Leningradi_Edasi_toimetus, lk 32
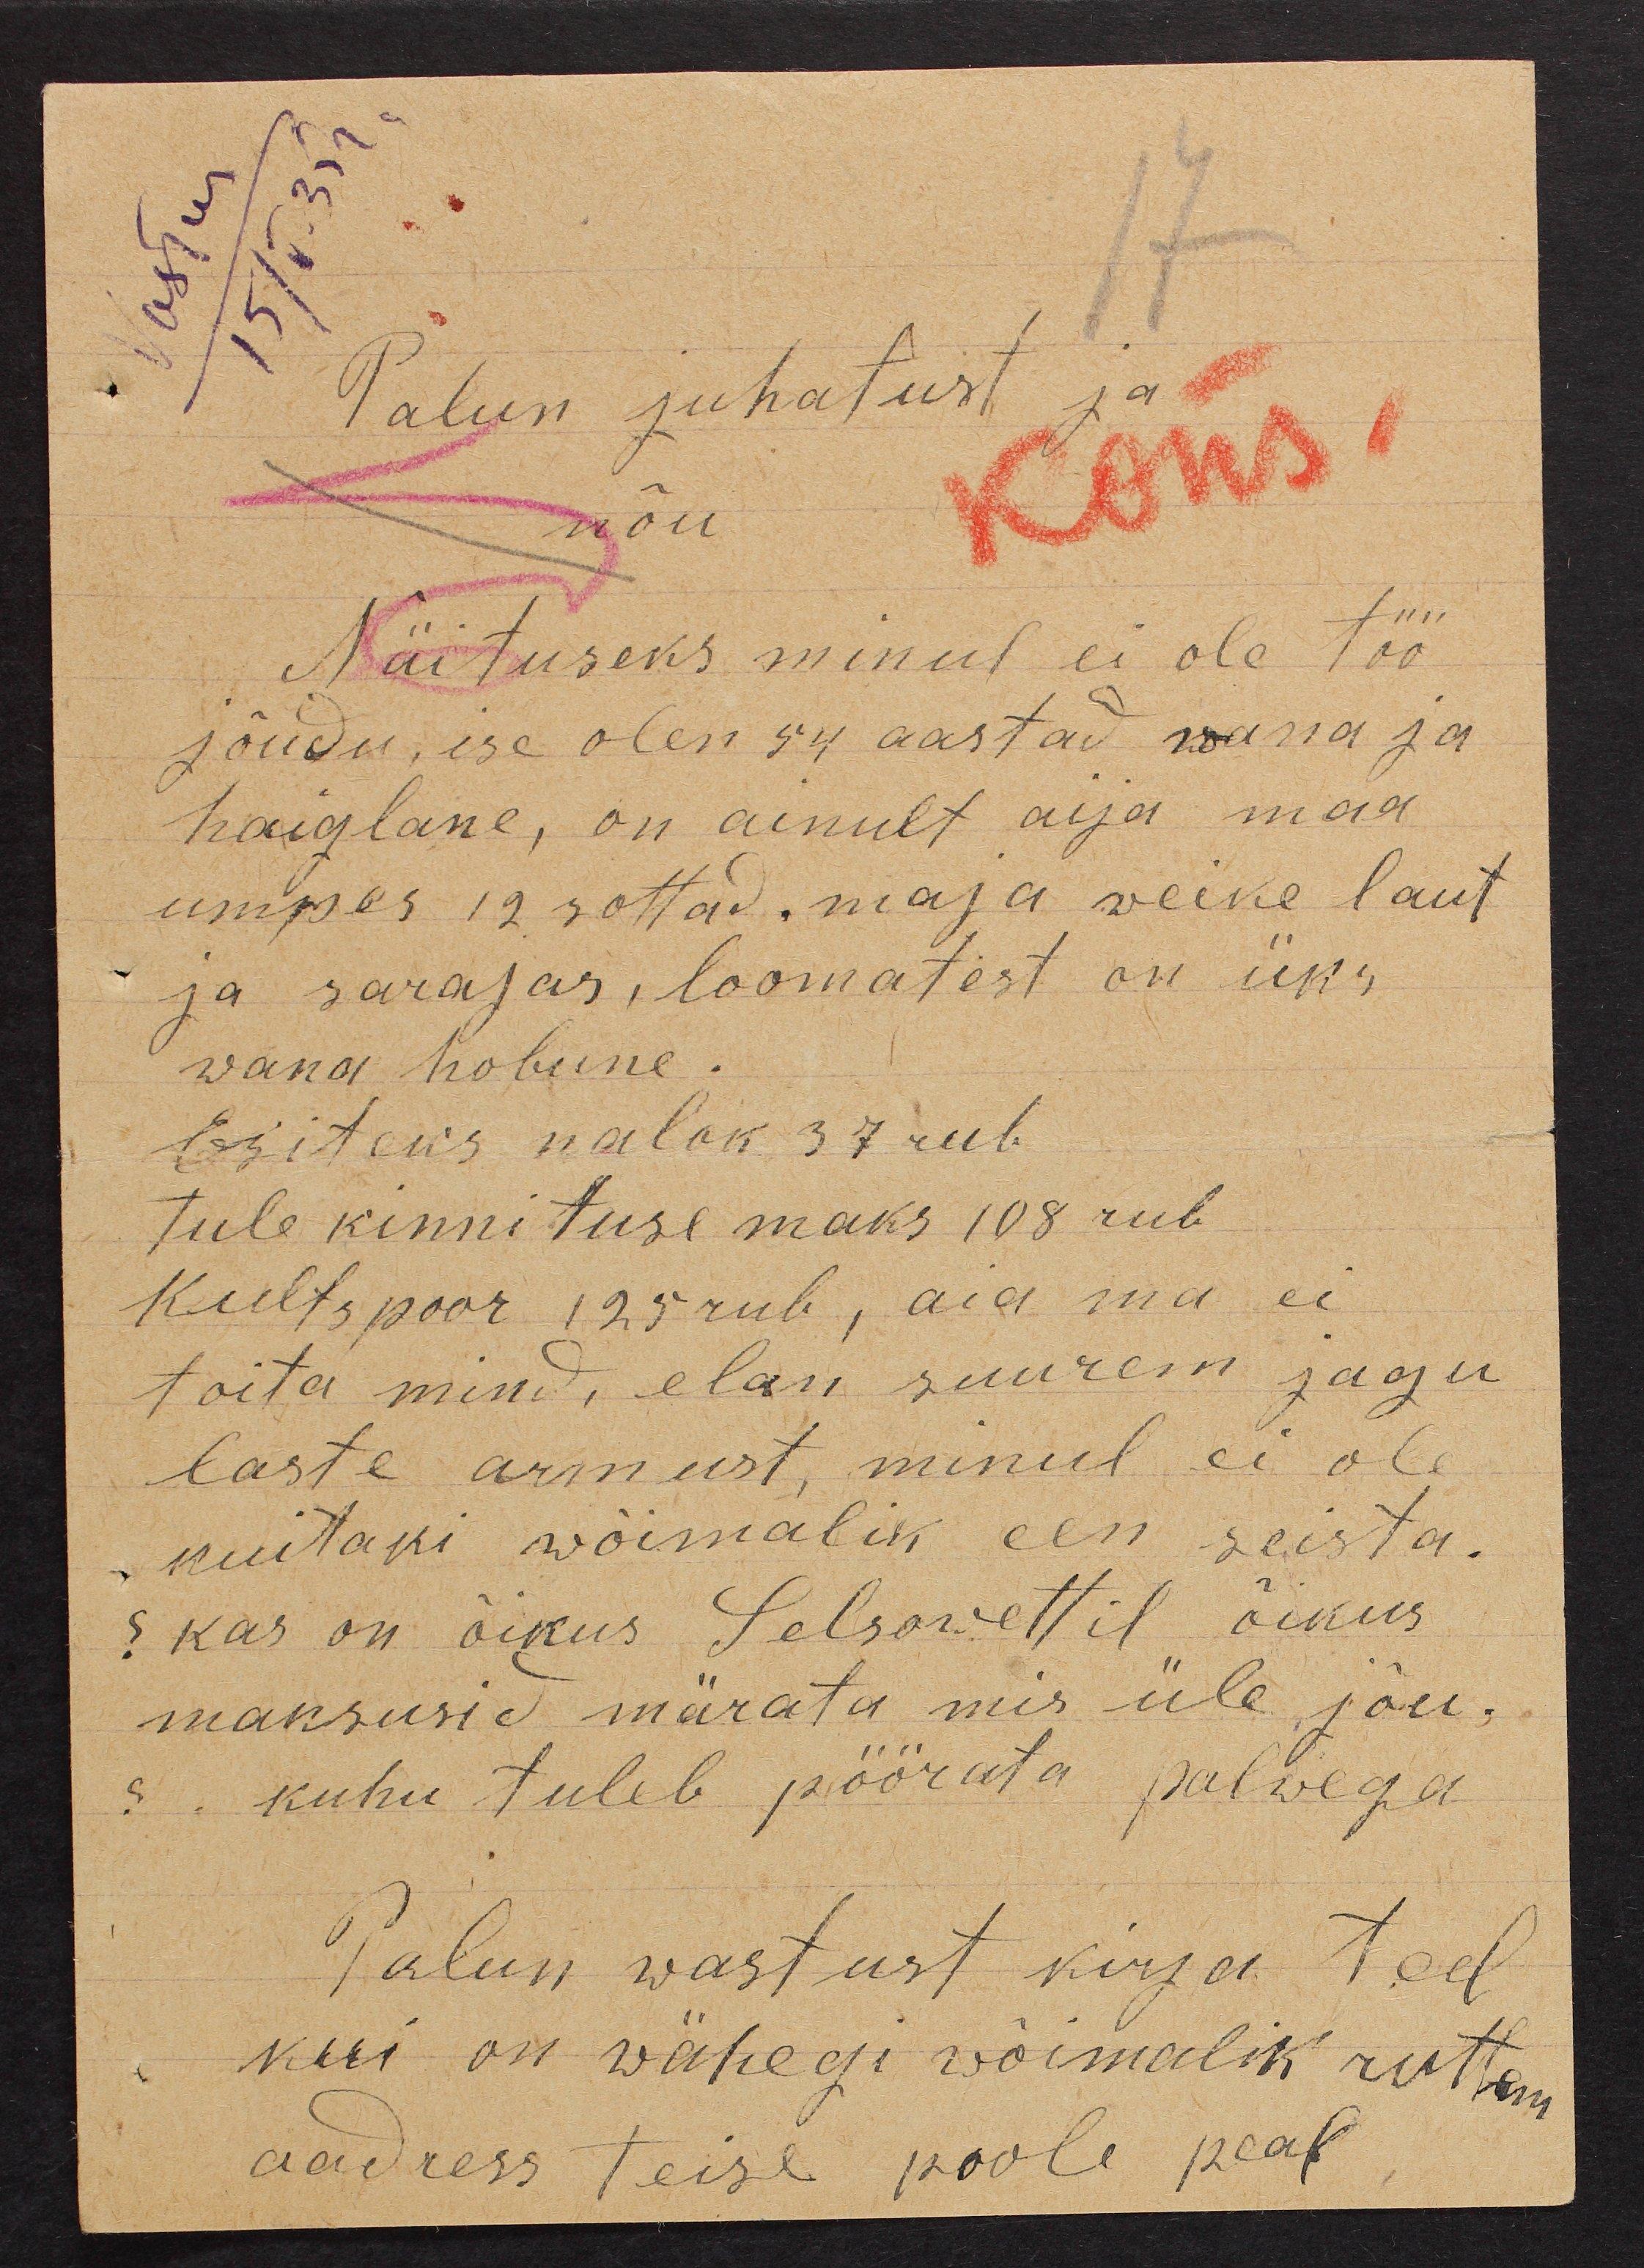
Vastus
15/V. 35 г.
17
Palun juhatust ja
nõu
Näituseks minul ei ole töö
jõudu, ise olen 54 aastad wana ja
haiglane, on ainult aija maa
umpes 12 rottad. maja veike laut
ja sarajas, loomatest on üks
wana hobune.
Esiteks nalok 37 rub
Tule kinnituse maks 108 rub
Kultspoor 125 rub, aia ma ei
toita mind, elan suurem jagu
laste armust, minul ei ole
kuitaki wõimalik een seista.
? Kas on õikus Selsowettil õikus
maksusid märata mis üle jõu,
? kuhu tuleb pöörata palwega
Palun wastust kirja teel
kui on wähegi wõimalik ruttem
aadress teise poole peal